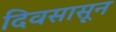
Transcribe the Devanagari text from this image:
दिवसासून